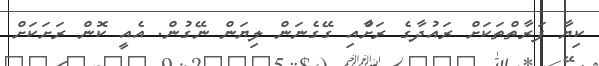
ކިޔާ ފަރާތްތަކަށް ރައުދާގެ ރަށާްއި ގޭގެނަން ލިޔަން ނޭގުން. އެއީ ކޮން ރަށަކަށް